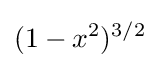
(1-x^{2})^{3/2}